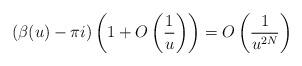
LaTeX: \begin{gather*} (\beta(u)-\pi i) \left(1+O\left(\frac1u\right)\right)=O\left(\frac{1}{u^{2N}}\right) \end{gather*}